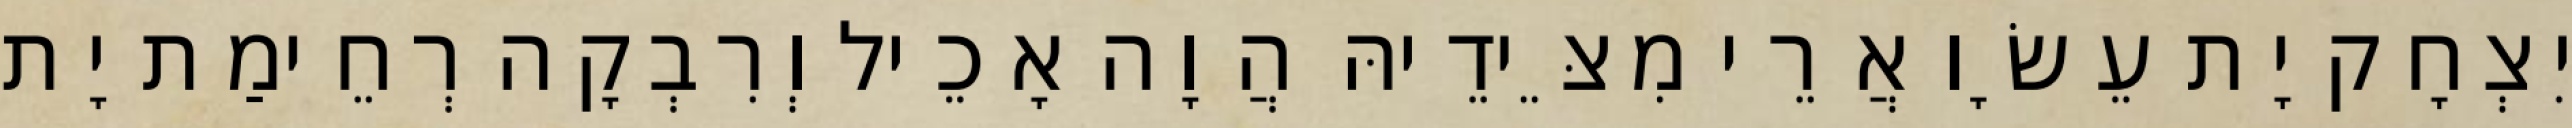
יִצְחָק יָת עֵשָׂו אֲרֵי מִצֵּידֵיהּ הֲוָה אָכֵיל וְרִבְקָה רְחֵימַת יָת